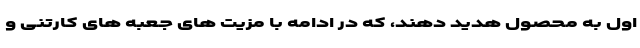
اول به محصول هدید دهند، که در ادامه با مزیت های جعبه های کارتنی و